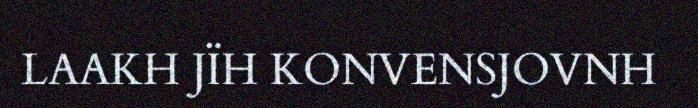
LAAKH JÏH KONVENSJOVNH